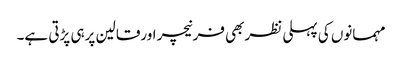
مہمانوں کی پہلی نظربھی فرنیچر اورقالین پرہی پڑتی ہے۔